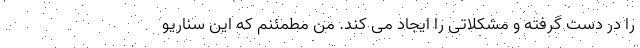
را در دست گرفته و مشکلاتی را ایجاد می کند. من مطمئنم که این سناریو